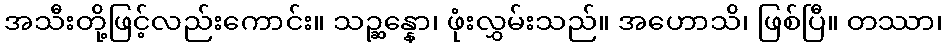
အသီးတို့ဖြင့်လည်းကောင်း။ သဉ္ဆန္နော၊ ဖုံးလွှမ်းသည်။ အဟောသိ၊ ဖြစ်ပြီ။ တဿာ၊